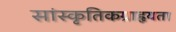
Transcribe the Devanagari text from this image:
सांस्कृतिकग्राहृयता